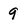
Character: 9